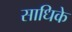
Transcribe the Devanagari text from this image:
साधिके